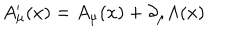
A _ { \mu } ^ { \prime } ( x ) = A _ { \mu } ( x ) + \partial _ { \mu } \Lambda ( x )